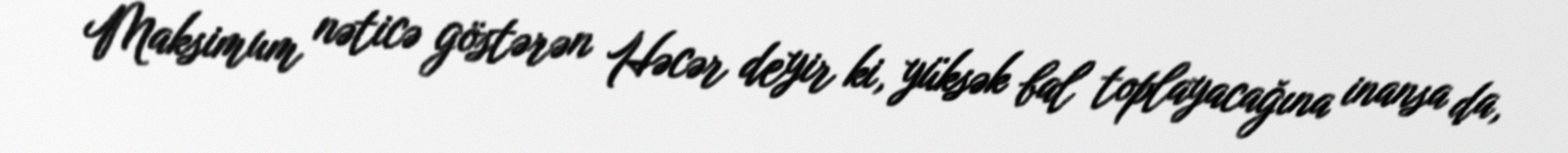
Maksimum nəticə göstərən Həcər deyir ki, yüksək bal toplayacağına inansa da,